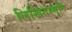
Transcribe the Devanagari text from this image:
लिखितस्मृति